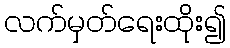
လက်မှတ်ရေးထိုး၍